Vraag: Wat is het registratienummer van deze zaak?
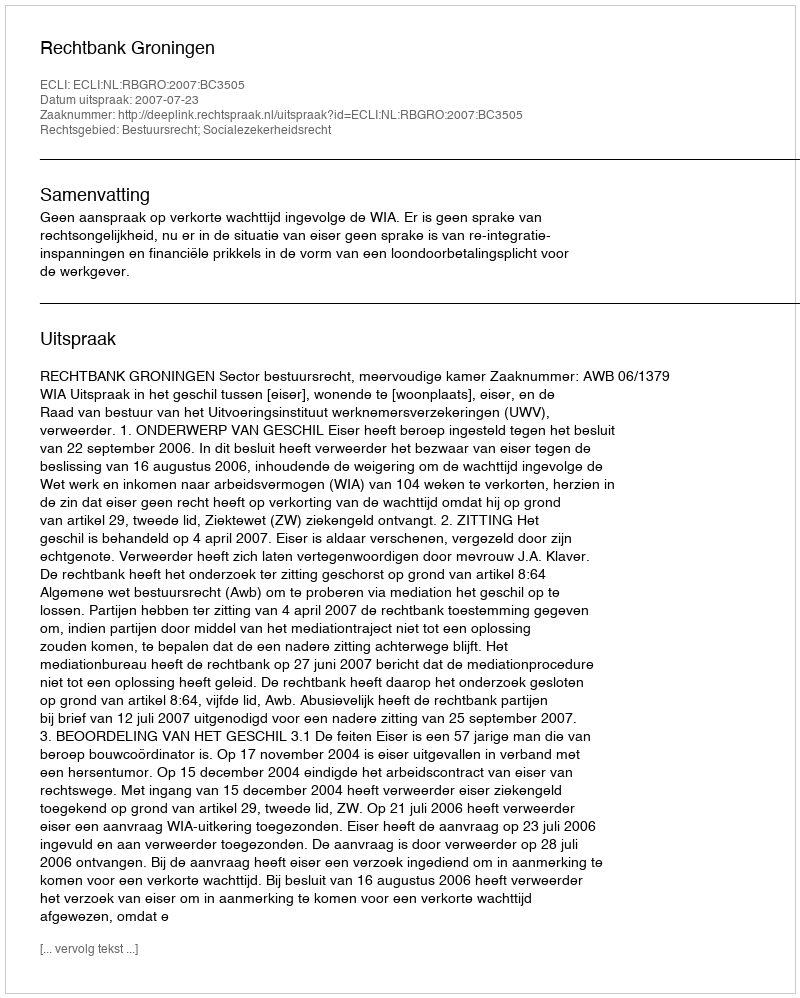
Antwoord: http://deeplink.rechtspraak.nl/uitspraak?id=ECLI:NL:RBGRO:2007:BC3505